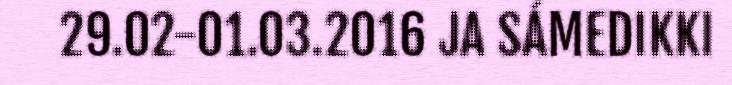
29.02-01.03.2016 JA SÁMEDIKKI